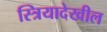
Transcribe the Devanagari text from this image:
स्त्रियादेखील